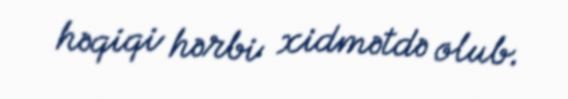
həqiqi hərbi xidmətdə olub.